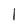
Character: l